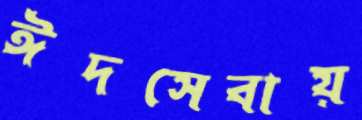
ঈদসেবায়